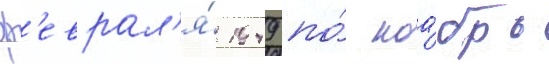
ф'еврал'я́ 1949 по́ ноа́брь